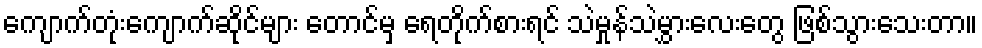
ကျောက်တုံးကျောက်ဆိုင်များ တောင်မှ ရေတိုက်စားရင် သဲမှုန်သဲမွှားလေးတွေ ဖြစ်သွားသေးတာ။